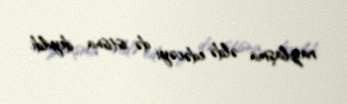
razılaşma əldə edəcəyi də istisna deyildi.